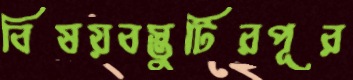
বিষয়বস্তুটিরপূর